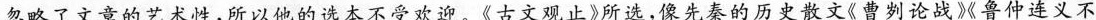
忽略了文章的艺术性，所以他的选本不受欢迎。《古文观止》所选，像先秦的历史散文《曹刿论战》鲁仲连义